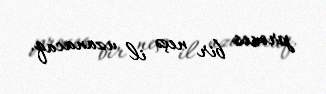
proses bir neçə il uzanacaq.